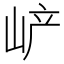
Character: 𡶴